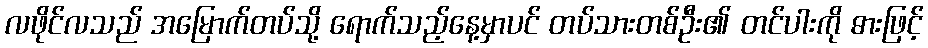
လဖိုင်လသည် အမြောက်တပ်သို့ ရောက်သည့်နေ့မှာပင် တပ်သားတစ်ဦး၏ တင်ပါးကို ဓားဖြင့်